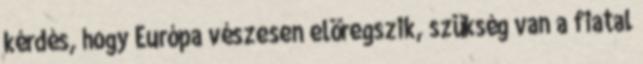
kérdés, hogy Európa vészesen elöregszik, szükség van a fiatal